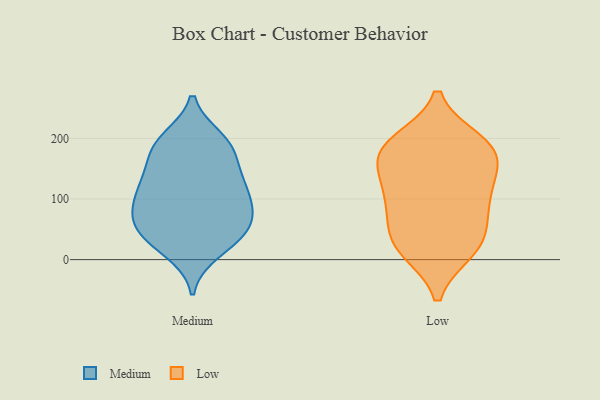
{"axis": {"x": "Tickets Resolved", "y": "Value"}, "legend": ["Low", "Medium"], "data": [{"x": "", "y": 34, "type": "Medium"}, {"x": "", "y": 163, "type": "Medium"}, {"x": "", "y": 41, "type": "Medium"}, {"x": "", "y": 111, "type": "Medium"}, {"x": "", "y": 199, "type": "Medium"}, {"x": "", "y": 132, "type": "Medium"}, {"x": "", "y": 30, "type": "Medium"}, {"x": "", "y": 193, "type": "Medium"}, {"x": "", "y": 105, "type": "Medium"}, {"x": "", "y": 188, "type": "Medium"}, {"x": "", "y": 131, "type": "Medium"}, {"x": "", "y": 187, "type": "Medium"}, {"x": "", "y": 56, "type": "Medium"}, {"x": "", "y": 75, "type": "Medium"}, {"x": "", "y": 88, "type": "Medium"}, {"x": "", "y": 13, "type": "Medium"}, {"x": "", "y": 68, "type": "Medium"}, {"x": "", "y": 127, "type": "Medium"}, {"x": "", "y": 69, "type": "Medium"}, {"x": "", "y": 23, "type": "Low"}, {"x": "", "y": 144, "type": "Low"}, {"x": "", "y": 41, "type": "Low"}, {"x": "", "y": 182, "type": "Low"}, {"x": "", "y": 169, "type": "Low"}, {"x": "", "y": 120, "type": "Low"}, {"x": "", "y": 86, "type": "Low"}, {"x": "", "y": 16, "type": "Low"}, {"x": "", "y": 83, "type": "Low"}, {"x": "", "y": 23, "type": "Low"}, {"x": "", "y": 184, "type": "Low"}, {"x": "", "y": 183, "type": "Low"}, {"x": "", "y": 109, "type": "Low"}, {"x": "", "y": 194, "type": "Low"}]}